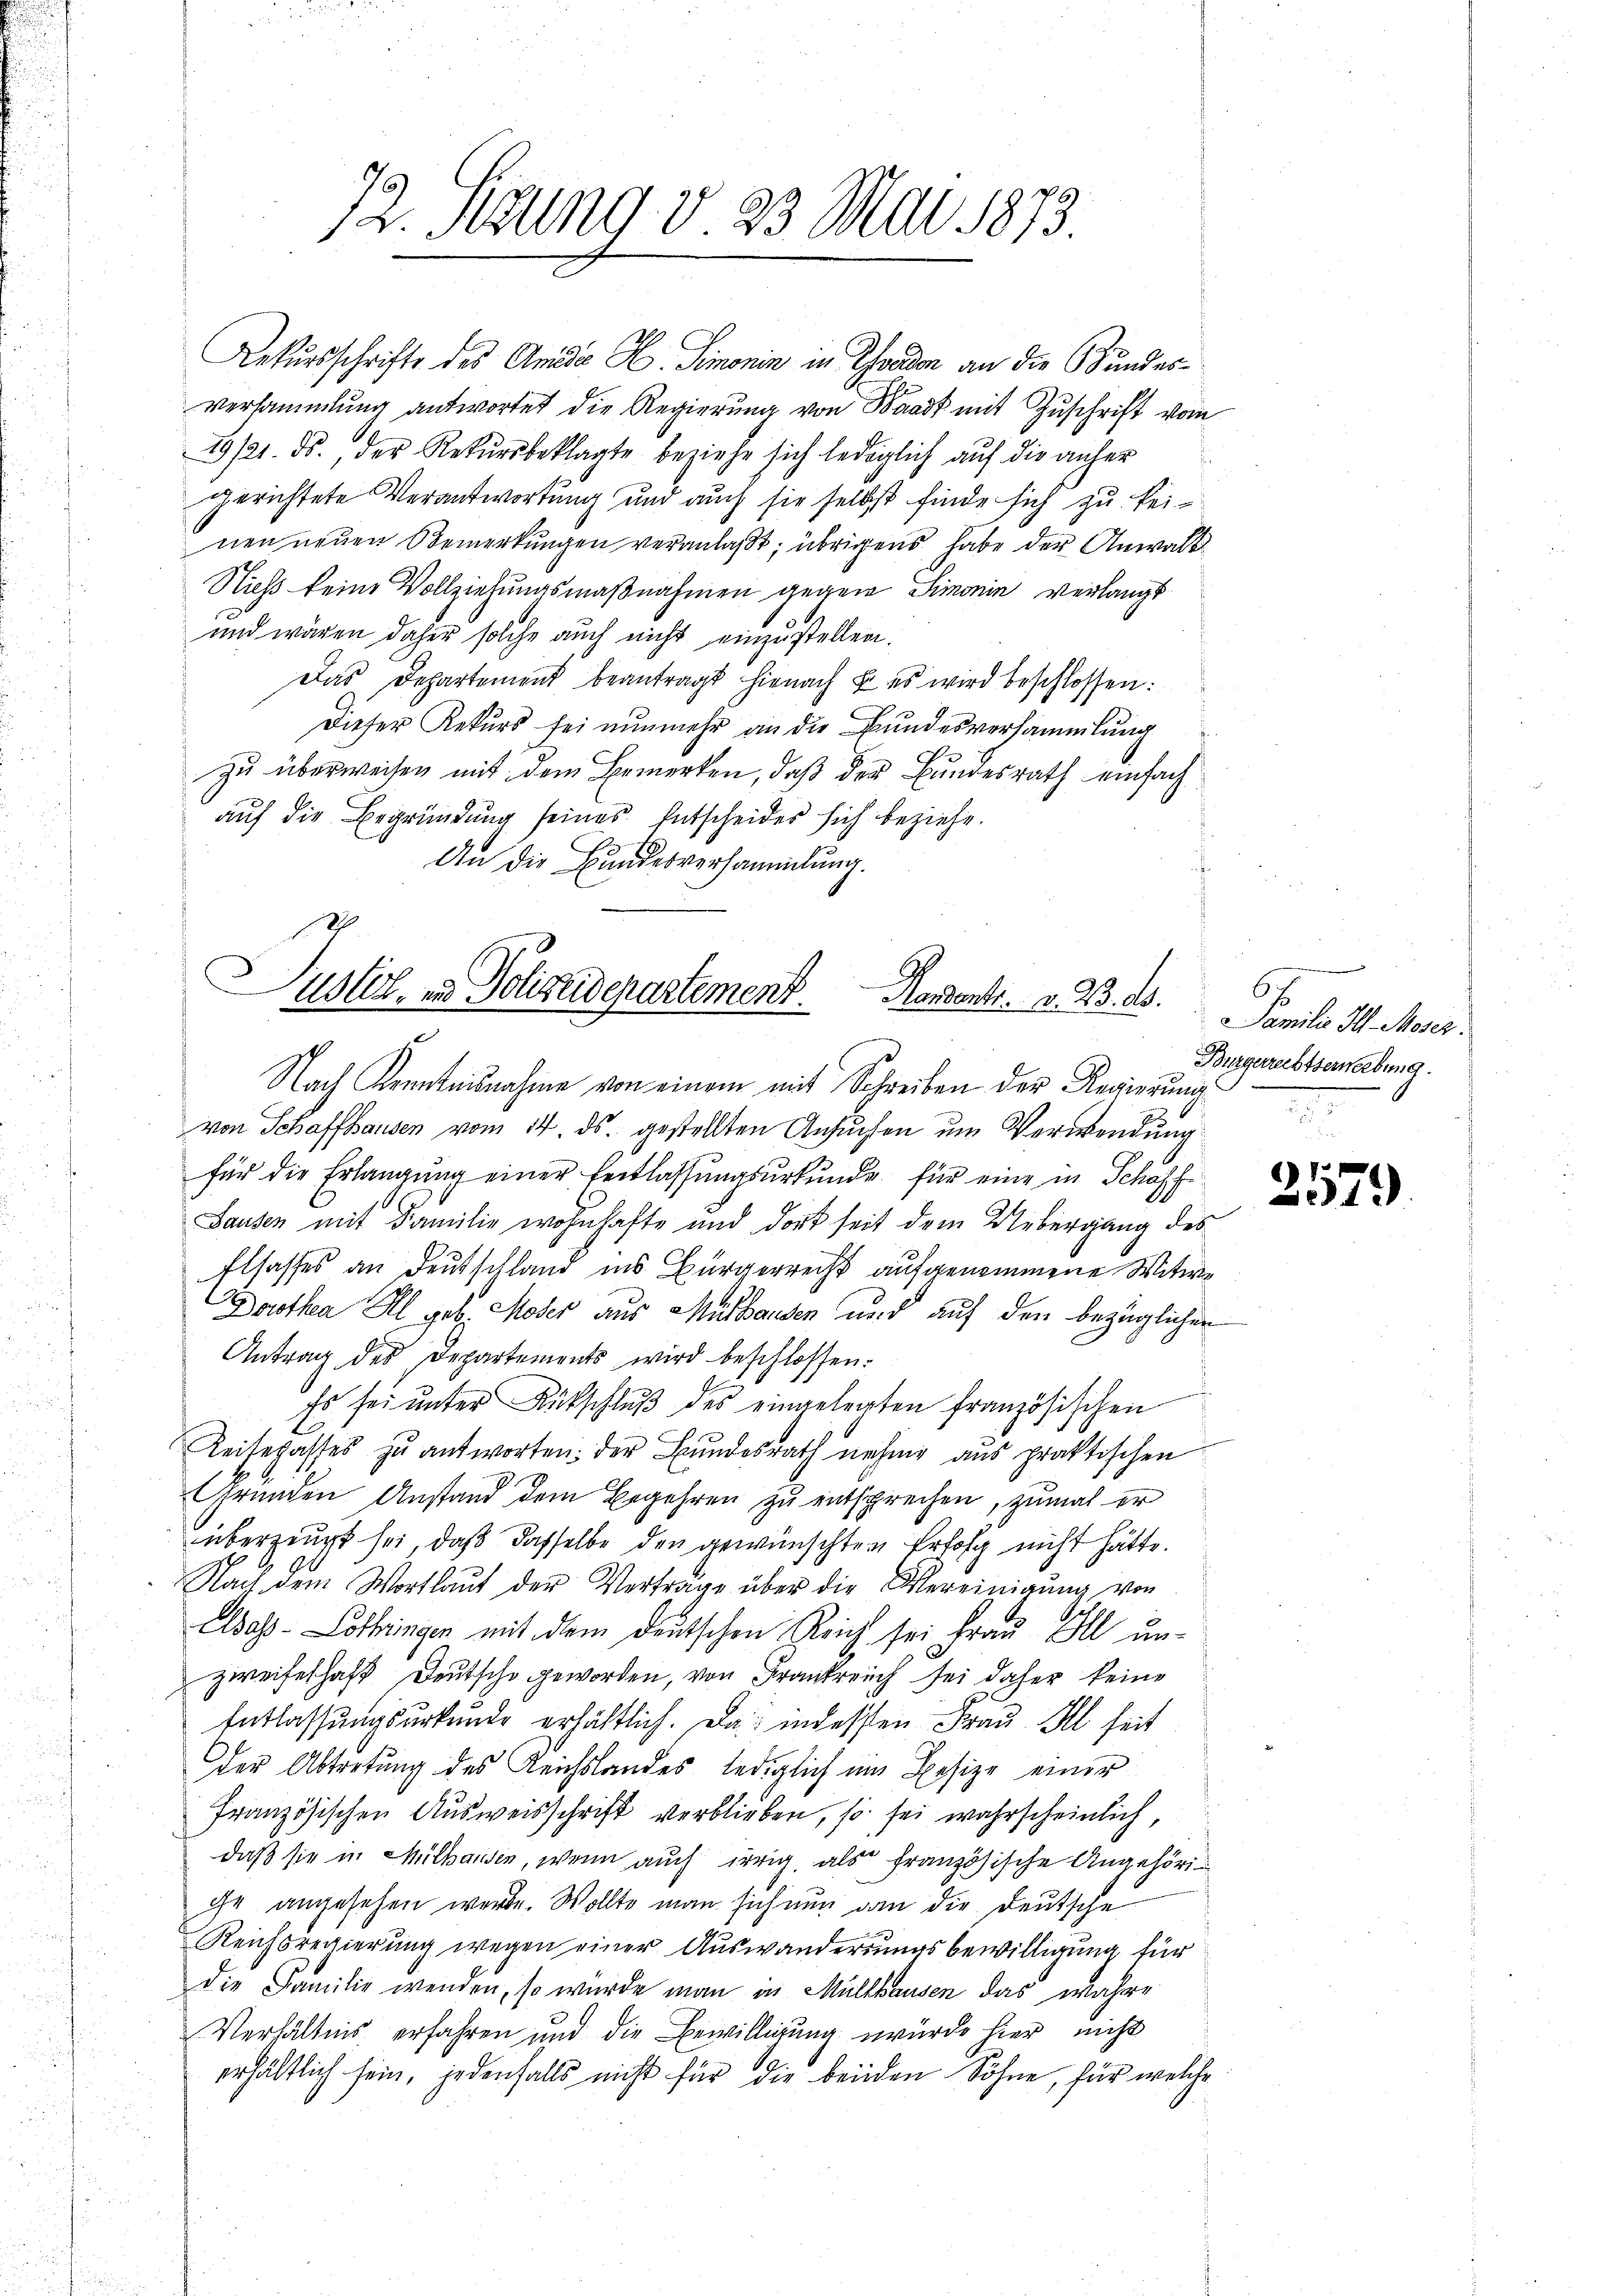
72. Sedung v. 23 Mai 1873

Rekursschrifte des Anada E Simonin in Graden an die Bundesversammlung antwortet die Regierung von Baad mit Zuschrift vom
29/21. ds., der Rekŭrsbeklagte beziehe sich lediglich auf die anher
gerichtete Verantwortung und auch sie selbst finde sich zu keinen neuen Bemerkungen veranlaßt; übrigens habe der Anwalt
Nicht keine Vollziehungsmaßnahmen gegen Simonin verlangt
und wären daher solche auch nicht einzustellen.
Das Departement beantragt hienach u. es wird beschlossen:
Dieser Rekurs sei nunmehr an die Bundesversammlung
zu überweisen mit dem Bemerken, daß der Bundesrath einfach
auf die Begründung seines Entscheider sich beziehe.
An die Bundesversammlung.

Justiz, in Polizeidepartement. Mandants. v. 23. ds.
Nach Kenntnisnahme von einem mit Schreiben der Regierung

von Schaffhausen vom 14. ds. gestellten Ansuchen um Verwendung
für die Erlangung einer Entlassungsurkunde für eine in Schaffe
Sausen mit Familie wohnhafte und dort seit dem Uebergang des
Elsasses an Deutschland ins Bürgerrecht aufgenommene Witwe
Dorothea All geb. Moser aus Mülhausen und auf den bezüglichen
Antrag des Departements wird beschlossen:
Es sei unter Rückschluß des eingelegten französischen
Reisehasses zu antworten: der Bundesrath nehme aus praktischen
Gründen Anstand dem Begehren zu entsprechen, zumal er
überzeugt sei, daß dasselbe den gewünschten Erfolg nicht hätte.
Nach dem Wortlaut der Vertrage über die Vereinigŭng von
Adoss-Lothringen mit dem deutschen Reich sei Frau Ill unzweifelhaft Deutsche geworden, von Frankreich sei daher keine
Entlassungsurkunde erhältlich. Da indessen Frau Il seit
der Abtretung des Reichslandes, lediglich um Besize einer
französischen Ausweisschrift verblieben, so sei wahrscheinlich,
daß sie in Mülhausen, wenn auch irrig, als französische Angehöriihe angesehen werde. Wollte man sich nun dann die Deutsche
Reichsregierung wegen einer Auswanderungsbewilligung für
die Familie wenden, so wurde man in Müllhausen das wahre
Verhältnis erfahren und die Bewilligung wurde hier nicht
.
erhältlich sein, jedenfalls nicht für die beiden Söhne, für welche

Famili d. Moser.
Burgerrechtserwerbung.

1
379